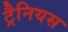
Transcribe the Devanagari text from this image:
ट्रैनियस